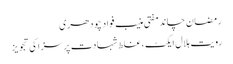
رمضان چاند مفتی منیب فواد چودھری
رویت ہلال ایکٹ ، غلط شہادت پر سزا کی تجویز